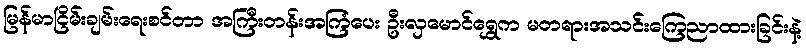
မြန်မာငြိမ်းချမ်းရေးစင်တာ အကြီးတန်းအကြံပေး ဦးလှမောင်ရွှေက မတရားအသင်းကြေညာထားခြင်းနဲ့